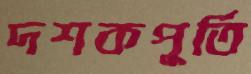
দশকপূর্তি